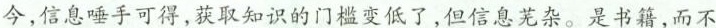
今，信息唾手可得，获取知识的门槛变低了，但信息芜杂。是书籍，而不